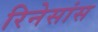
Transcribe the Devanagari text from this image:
रिनेसांस